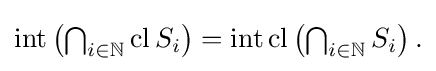
{\textstyle \operatorname {int} \left(\bigcap _{i\in \mathbb {N} }\operatorname {cl} S_{i}\right)=\operatorname {int} \operatorname {cl} \left(\bigcap _{i\in \mathbb {N} }S_{i}\right).}